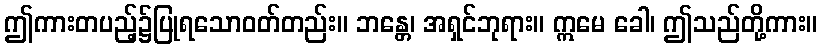
ဤကားတပည့်၌ပြုရသောဝတ်တည်း။ ဘန္တေ၊ အရှင်ဘုရား။ ဣမေ ခေါ၊ ဤသည်တို့ကား။